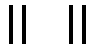
။ ။